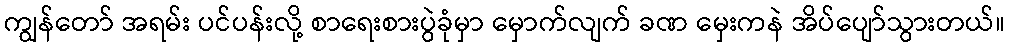
ကျွန်တော် အရမ်း ပင်ပန်းလို့ စာရေးစားပွဲခုံမှာ မှောက်လျက် ခဏ မှေးကနဲ အိပ်ပျော်သွားတယ်။